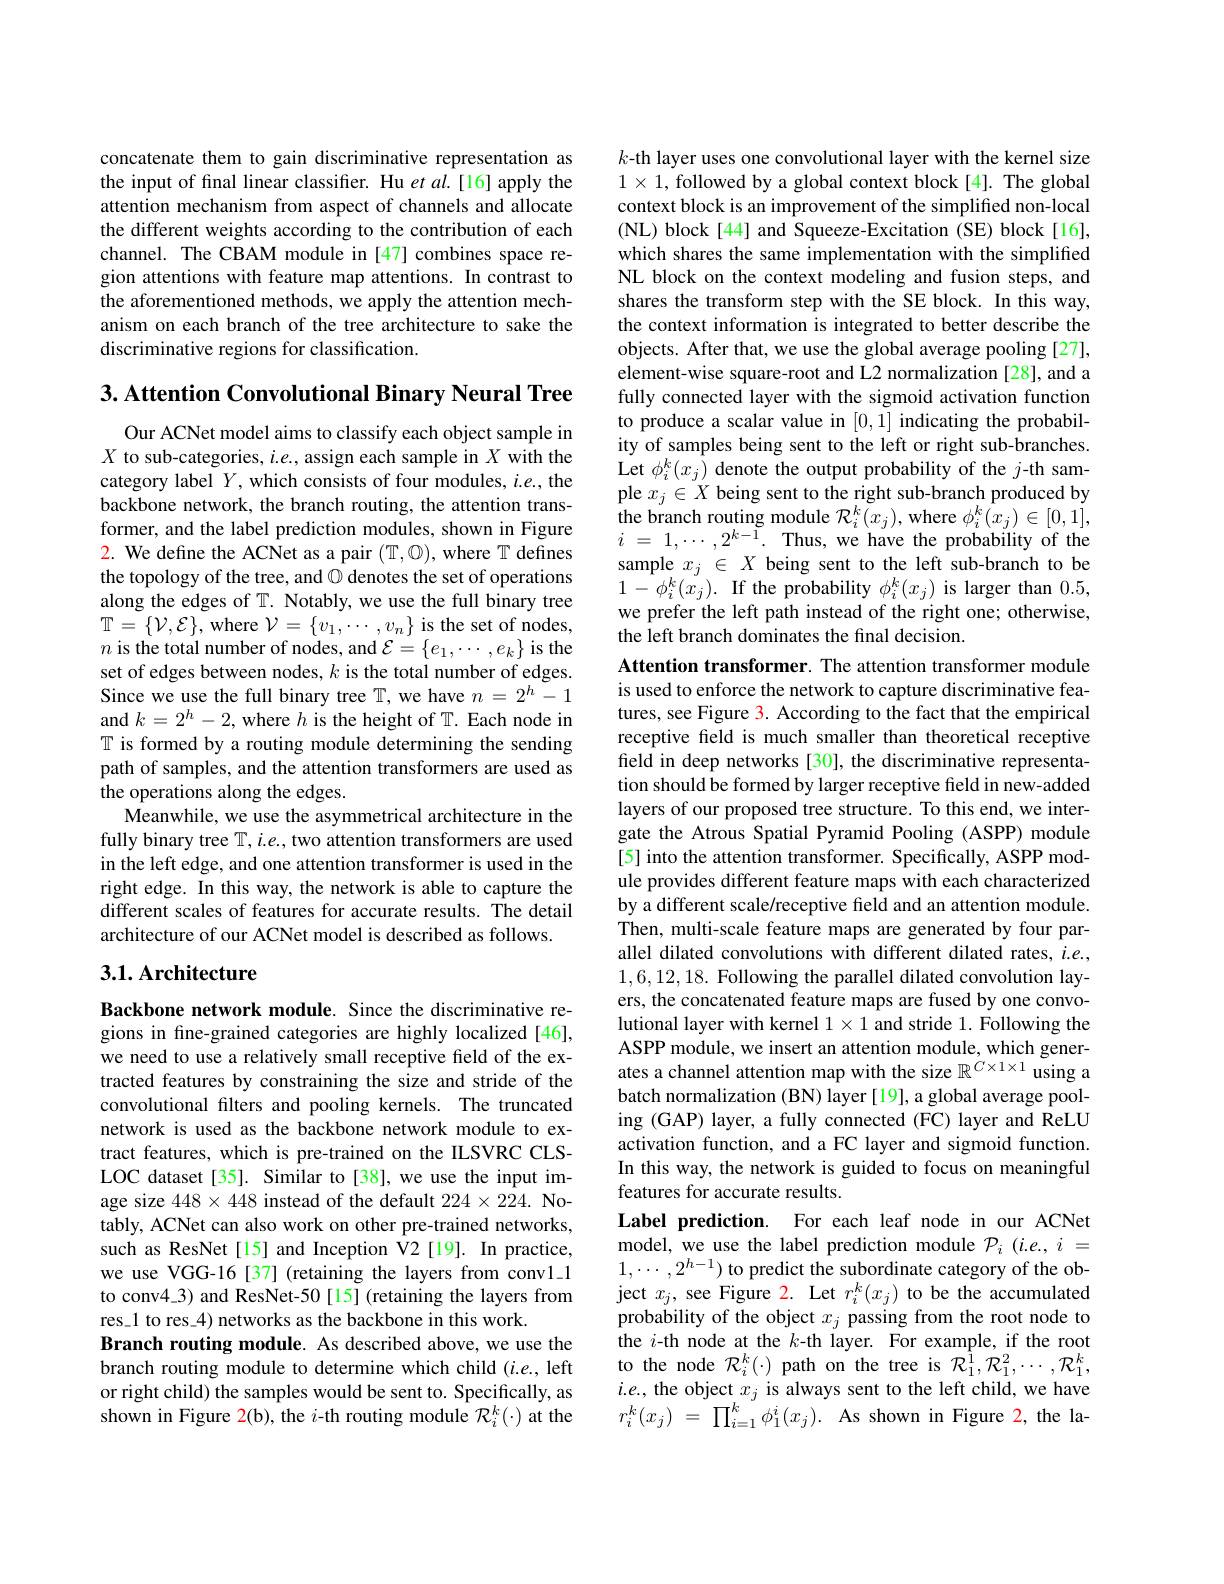
concatenate them to gain discriminative representation as the input of final linear classifier. Hu $etal.[16]$ apply the attention mechanism from aspect of channels and allocate the different weights according to the contribution of each channel. The CBAM module in [47] combines space region attentions with feature map attentions. In contrast to the aforementioned methods, we apply the attention mechanism on each branch of the tree architecture to sake the discriminative regions for classification.

$3. \textbf{Attention Convolutional Binary Neural Tree}$

Our ACNet model aims to classify each object sample in $X$ to sub-categories, $i.e.$, assign each sample in $X$ with the category label $Y$, which consists of four modules, $i.e.$, the backbone network, the branch routing, the attention transformer, and the label prediction modules, shown in Figure 2. We define the ACNet as a pair $(\mathbb{T},\mathbb{O})$, where $\mathbb{T}$ defines the topology of the tree, and $\textcircled{0}$ denotes the set of operations along the edges of T. Notably, we use the full binary tree $\mathbb{T}=\{\mathcal{V},\mathcal{E}\}$,where $\mathcal{V}=\{v_1,\cdots,v_n\}$ is the set of nodes, $n$ is the total number of nodes, and $\mathcal{E}=\{e_1,\cdots,e_k\}$ is the set of edges between nodes, $k$ is the total number of edges. Since we use the full binary tree $\mathbb{T}$, we have $n=2^h-1$ and $k=2^h-2$,where $h$ is the height of $\mathbb{T}.$ Each node in T is formed by a routing module determining the sending path of samples, and the attention transformers are used as the operations along the edges.
Meanwhile, we use the asymmetrical architecture in the fully binary tree $\mathbb{T},i.e.$, two attention transformers are used in the left edge, and one attention transformer is used in the right edge. In this way, the network is able to capture the different scales of features for accurate results. The detail architecture of our ACNet model is described as follows.

## 3.1. Architecture

Backbone network module. Since the discriminative regions in fine-grained categories are highly localized [46], we need to use a relatively small receptive field of the extracted features by constraining the size and stride of the convolutional filters and pooling kernels. The truncated network is used as the backbone network module to extract features, which is pre-trained on the ILSVRC CLSLOC dataset [35]. Similar to [38], we use the input image size $448\times448$ instead of the default $224\times224.$ Notably, ACNet can also work on other pre-trained networks, such as ResNet[15] and Inception V2[19]. In practice, we use VGG-16 [37] (retaining the layers from conv1.1 to conv4\_3) and ResNet-50[15](retaining the layers from res\_1 to res\_4) networks as the backbone in this work.
Branch routing module. As described above, we use the branch routing module to determine which child $(i.e.$, left or right child) the samples would be sent to. Specifically, as shown in Figure 2(b), the $i$-th routing module $\mathcal{R}_i^k(\cdot)$ at the

$k$-th layer uses one convolutional layer with the kernel size $1\times1$, followed by a global context block [4]. The global context block is an improvement of the simplified non-local (NL) block[44] and Squeeze-Excitation (SE) block[16], which shares the same implementation with the simplified NL block on the context modeling and fusion steps, and shares the transform step with the SE block. In this way, the context information is integrated to better describe the objects. After that, we use the global average pooling [27], element-wise square-root and L2 normalization [28], and a fully connected layer with the sigmoid activation function to produce a scalar value in [0,1] indicating the probability of samples being sent to the left or right sub-branches. Let $\phi_{i}^{k}(x_{j})$ denote the output probability of the $j$-th sample $x_j\in X$ being sent to the right sub-branch produced by the branch routing module $\mathcal{R}_i^k(x_j)$,where $\phi_i^k(x_j)\in[0,1]$, $i$ = $1, \cdots , 2^{k- \tilde{1} }.$ Thus, we have the probability of the sample $x_j\in X$ being sent to the left sub-branch to be $1-\phi_{i}^{k}(x_{j}).$ If the probability $\phi_i^k(x_{j})$ is larger than 0.5, we prefer the left path instead of the right one; otherwise, the left branch dominates the final decision.
Attention transformer. The attention transformer module is used to enforce the network to capture discriminative features, see Figure 3. According to the fact that the empirical receptive field is much smaller than theoretical receptive feld in deep networks [30], the discriminative representation should be formed by larger receptive field in new-added layers of our proposed tree structure. To this end, we intergate the Atrous Spatial Pyramid Pooling (ASPP) module [5] into the attention transformer. Specifically, ASPP module provides different feature maps with each characterized by a different scale/receptive field and an attention module. Then, multi-scale feature maps are generated by four parallel dilated convolutions with different dilated rates, $i.e.$, 1,6,12,18. Following the parallel dilated convolution layers, the concatenated feature maps are fused by one convolutional layer with kernel $1\times1$ and stride 1. Following the ASPP module, we insert an attention module, which generates a channel attention map with the size $\mathbb{R}^{C\times1\times1}$ using a batch normalization (BN) layer [19], a global average pooling (GAP) layer, a fully connected (FC) layer and ReLU activation function, and a FC layer and sigmoid function. In this way, the network is guided to focus on meaningful features for accurate results.
Label prediction. For each leaf node in our ACNet model, we use the label prediction module $\mathcal{P}_i(i.e.,i=$ $1,\cdots,2^{h-1})$ to predict the subordinate category of the object $x_j$, see Figure 2. Let $r_i^k(x_j)$ to be the accumulated probability of the object $x_j$ passing from the root node to the $i$-th node at the $k$-th layer. For example, if the root to the node $\mathcal{R}_i^k(\cdot)$ path on the tree is $\mathcal{R}_1^1,\mathcal{R}_1^2,\cdots,\mathcal{R}_1^k$, $i.e.$, the object $x_j$ is always sent to the left child, we have $r_{i}^{k}(x_{j})~=~\prod_{i=1}^{k}\phi_{1}^{i}(x_{j}).~$As shown in Figure 2,the la-